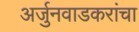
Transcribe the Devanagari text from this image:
अर्जुनवाडकरांचा